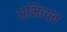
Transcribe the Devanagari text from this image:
अभिव्यव